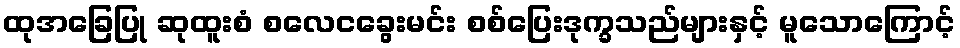
ထုအခြေပြု ဆုထူးစံ စလေငခွေးမင်း စစ်ပြေးဒုက္ခသည်များနှင့် မူသောကြောင့်